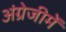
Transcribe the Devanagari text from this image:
अंग्रेजीमें